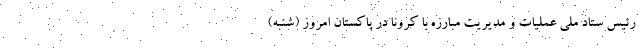
رئیس ستاد ملی عملیات و مدیریت مبارزه با کرونا در پاکستان امروز (شنبه)